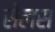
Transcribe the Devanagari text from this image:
सेलस